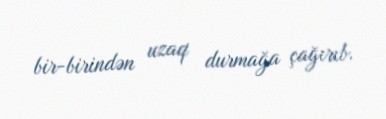
bir-birindən uzaq durmağa çağırıb.